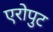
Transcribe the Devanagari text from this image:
एरोपुट